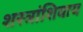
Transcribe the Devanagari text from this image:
शस्त्रांशिवाय